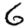
Digit: 6